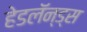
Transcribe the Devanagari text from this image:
हेडलॅन्ड्‌स